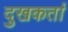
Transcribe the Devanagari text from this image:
दुखकर्ता